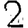
Digit: 2